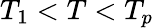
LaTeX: T_{1}<T<T_{p}